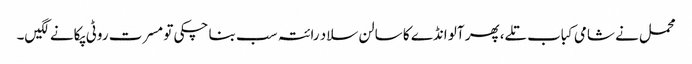
محمل نے شامی کباب تلے، پھر آلو انڈے کا سالن سلاد رائتہ سب بنا چکی تو مسرت روٹی پکانے لگیں۔